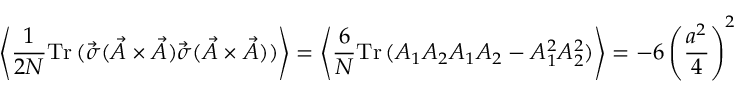
\left\langle \frac { 1 } { 2 N } \mathrm { T r } \, ( \vec { \sigma } ( \vec { A } \times \vec { A } ) \vec { \sigma } ( \vec { A } \times \vec { A } ) ) \right\rangle = \left\langle \frac { 6 } { N } \mathrm { T r } \, ( A _ { 1 } A _ { 2 } A _ { 1 } A _ { 2 } - A _ { 1 } ^ { 2 } A _ { 2 } ^ { 2 } ) \right\rangle = - 6 \left( \frac { a ^ { 2 } } { 4 } \right) ^ { 2 }